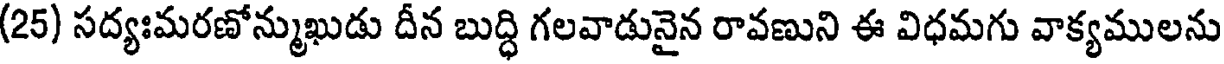
(25) సద్యఃమరణోన్ముఖుడు దీన బుద్ధి గలవాడునైన రావణుని ఈ విధమగు వాక్యములను